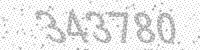
Solution: 343780